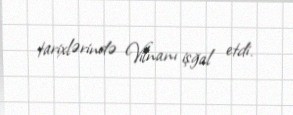
tarixlərində Vilnanı işğal etdi.